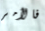
فالأمر